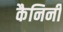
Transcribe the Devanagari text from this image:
कैनिनी